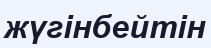
жүгінбейтін